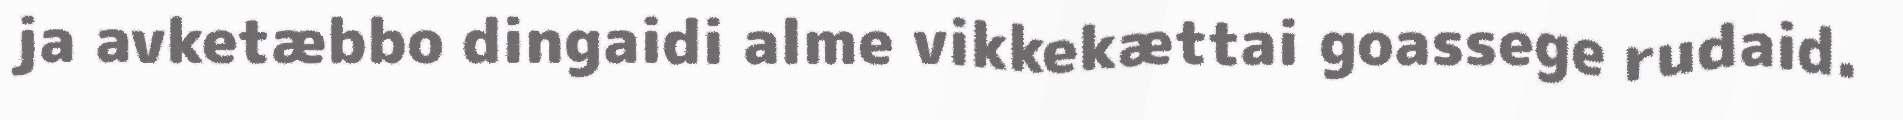
ja avketæbbo dingaidi alme vikkekættai goassege rudaid.